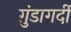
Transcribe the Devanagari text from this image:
ग़ुंडागर्दी